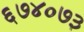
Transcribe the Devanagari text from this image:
६७४०७३